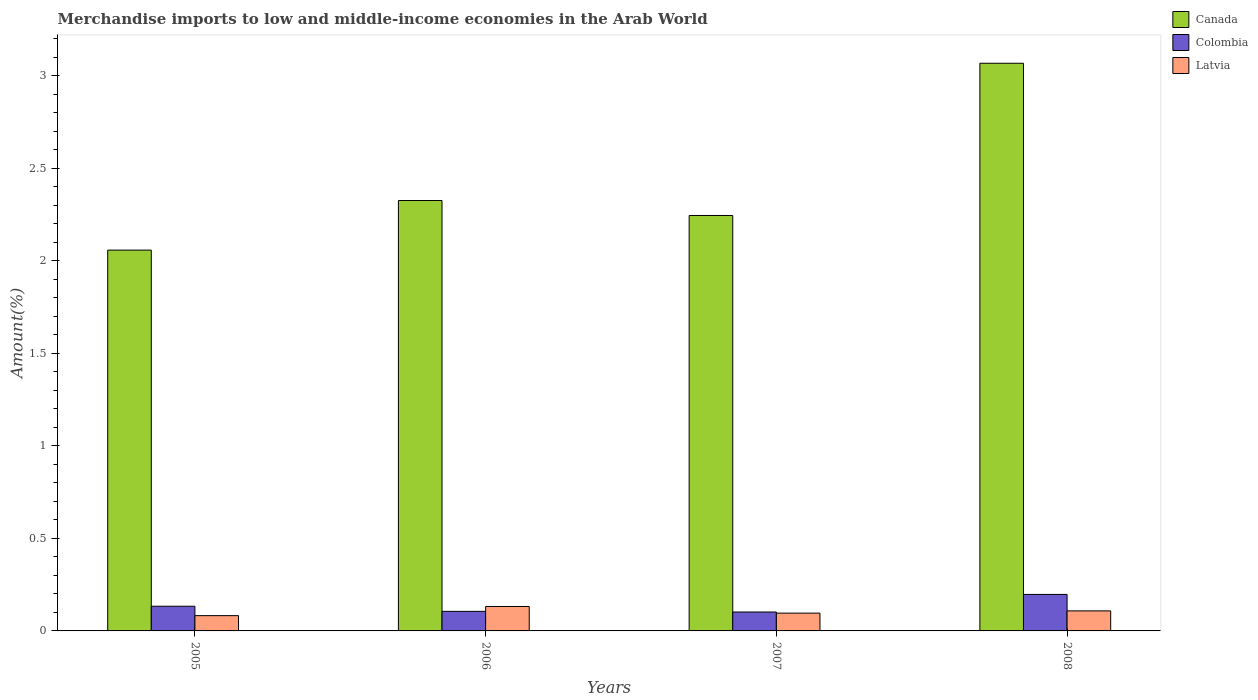
| Years | Canada | Colombia | Latvia |
 | --- | --- | --- | --- |
 | 2005 | 2.06 | 0.133 | 0.0825 |
 | 2006 | 2.33 | 0.106 | 0.132 |
 | 2007 | 2.25 | 0.102 | 0.0962 |
 | 2008 | 3.07 | 0.197 | 0.108 |